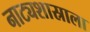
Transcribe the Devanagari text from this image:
नाट्यशास्राला